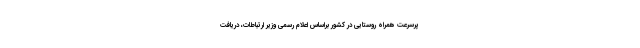
پرسرعت همراه روستایی در کشور براساس اعلام رسمی وزیر ارتباطات، دریافت